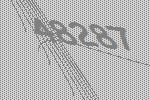
48287